Civil Veterinary Department Bengal reports 1933-51 - 1933-1951
Year: 1933
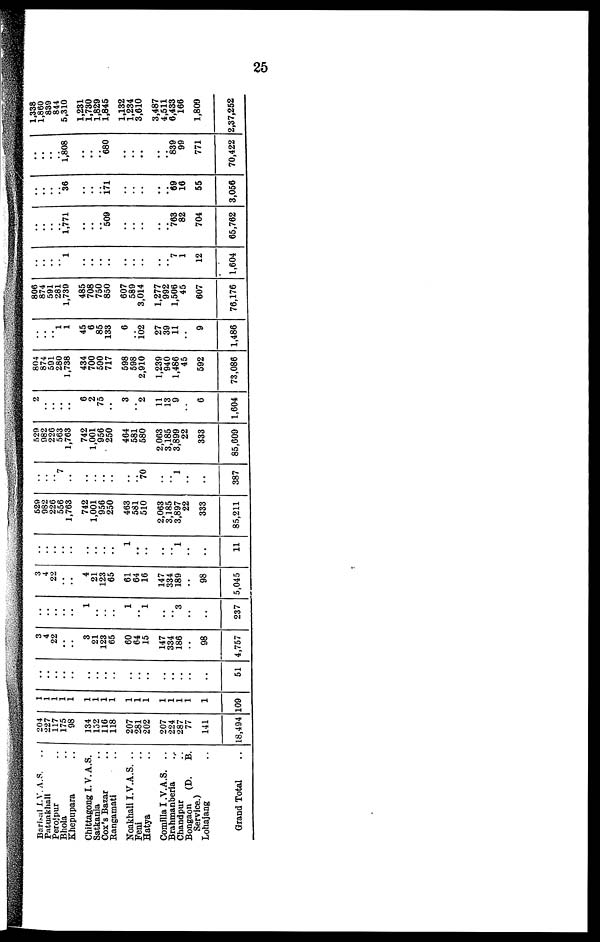
25
Barisal I.V.A.S.
..
Patuakhali ..
Perojpur ..
Bhola ..
Khepupara ..
Chittagong I.V.A.S.
Satkania ..
Cox's Bazar ..
Rangamati ..
Noakhali I.V.A.S. ..
Feni ..
Hatya ..
Comilla I.V.A.S. ..
Brahmanberia ..
Chandpur ..
Bongaon (D. B.
Service.)
Lohajang ..
Grand Total ..
204
227
117
175
98
134
152
116
118
207
281
202
207
224
287
77
141
18,494
1
1
1
1
1
1
1
1
1
1
1
1
1
1
1
1
1
109
..
..
..
..
..
..
..
..
..
..
..
..
..
..
..
..
..
51
3
4
22
..
..
3
21
123
65
60
64
15
147
334
186
..
98
4,757
..
..
..
..
..
1
..
..
..
1
.. 1
..
.. 3
..
..
237
3
4
22
..
..
4
21
123
65
61
64
16
147
334
189
..
98
5,045
..
..
..
..
..
..
..
..
..
1
..
..
..
.. 1
..
..
11
529
982
226
556
1,763
742
1,001
956
250
463
581
510
2,063
3,185
3,897
22
333
85,211
..
..
.. 7
..
..
..
..
..
..
.. 70
..
.. 1
..
..
387
529
982
226
563
1,763
742
1,001
956
250
464
581
580
2,063
3,185
3,899
22
333
85,609
2
..
..
..
..
6
2
75
..
3
.. 2
11
13
9
..
6
1,604
804
874
591
280
1,738
434
700
590
717
598
598
2,910
1,239
940
1,486
45
592
73,086
..
..
.. 1
1
45
6
85
133
6
.. 102
27
39
11
..
9
1,486
806
874
591
281
1,739
485
708
750
850
607
589
3,014
1,277
992
1,506
45
607
76,176
..
..
..
.. 1
..
..
..
..
..
..
..
..
.. 7
1
12
1,604
..
..
..
.. 1,771
..
..
.. 509
..
..
..
..
.. 763
82
704
65,762
..
..
..
.. 36
..
..
.. 171
..
..
..
..
.. 69
16
55
3,056
..
..
..
.. 1,808
..
..
.. 680
..
.. ..
..
.. 839
99
771
70,422
1,338
1,860
839
844
5,310
1,231
1,730
1,829
1,845
1,132
1,234
3,610
3,487
4,511
6,433
166
1,809
2,37,252